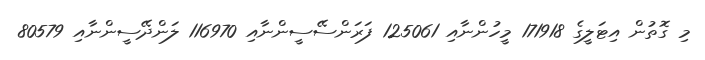
މި ގޮތުން އިޓަލީގެ 171918 މީހުންނާއި 125061 ފަރަންސޭސީންނާއި 116970 ލަންދޭސީންނާއި 80579